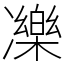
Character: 𠘙